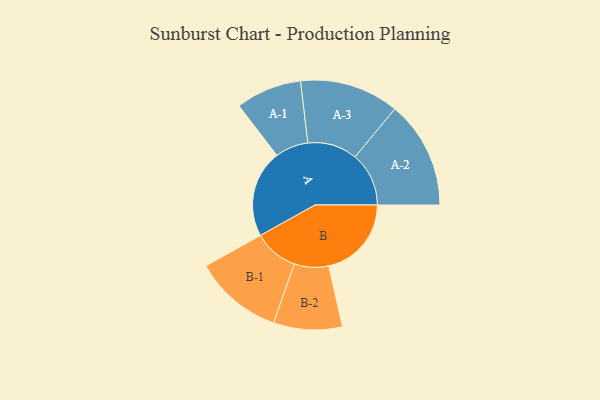
{"axis": {"x": "Segment", "y": "Value"}, "legend": ["", "A", "B"], "data": [{"x": "A", "y": 315, "type": ""}, {"x": "B", "y": 298, "type": ""}, {"x": "A-1", "y": 119, "type": "A"}, {"x": "A-2", "y": 194, "type": "A"}, {"x": "A-3", "y": 179, "type": "A"}, {"x": "B-1", "y": 160, "type": "B"}, {"x": "B-2", "y": 124, "type": "B"}]}